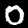
Label: 0